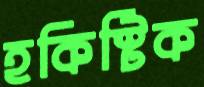
হকিস্টিক